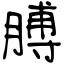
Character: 膊